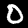
Digit: 0